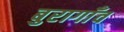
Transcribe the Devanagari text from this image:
बुरागाँव